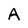
Character: A